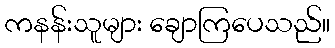
ကနန်းသူများ ချောကြပေသည်။